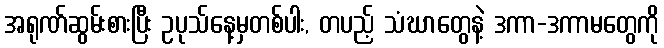
အရုဏ်ဆွမ်းစားပြီး ဥပုသ်နေ့မှတစ်ပါး, တပည့် သံဃာတွေနဲ့ ဒကာ-ဒကာမတွေကို